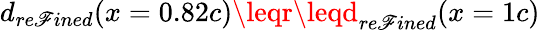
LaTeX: d_{re\mathscr{F}ined}(x=0.82c)\leqr\leqd_{re\mathscr{F}ined}(x=1c)